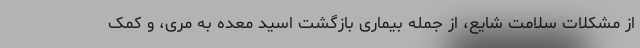
از مشکلات سلامت شایع، از جمله بیماری بازگشت اسید معده به مری، و کمک